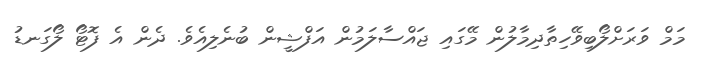
މަމް ވަރަށްލޯބިވޭހިތާދިމާލުން މޭގައި ޖައްސާލަމުން އަފްޝީން ބުނެލިއެވެ. ދެން އެ ފޮޓޯ ލޯގަނޑު